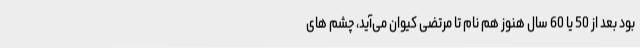
بود بعد از 50 یا 60 سال هنوز هم نام تا مرتضی کیوان می‌آید، چشم های